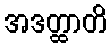
အဒတ္ထာတိ